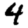
Digit: 4